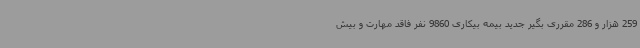
259 هزار و 286 مقرری بگیر جدید بیمه بیکاری 9860 نفر فاقد مهارت و بیش